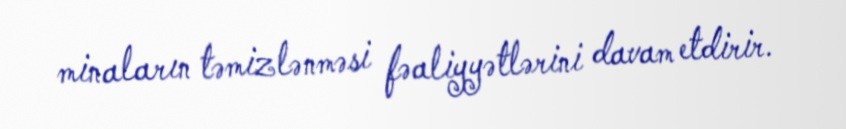
minaların təmizlənməsi fəaliyyətlərini davam etdirir.